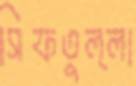
সিফতুল্লা